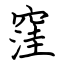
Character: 窪